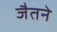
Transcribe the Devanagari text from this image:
जैतने